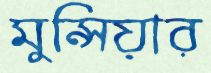
মুন্সিয়ার